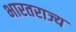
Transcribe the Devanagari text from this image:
भारतराज्य